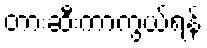
တားဆီးကာကွယ်ရန်